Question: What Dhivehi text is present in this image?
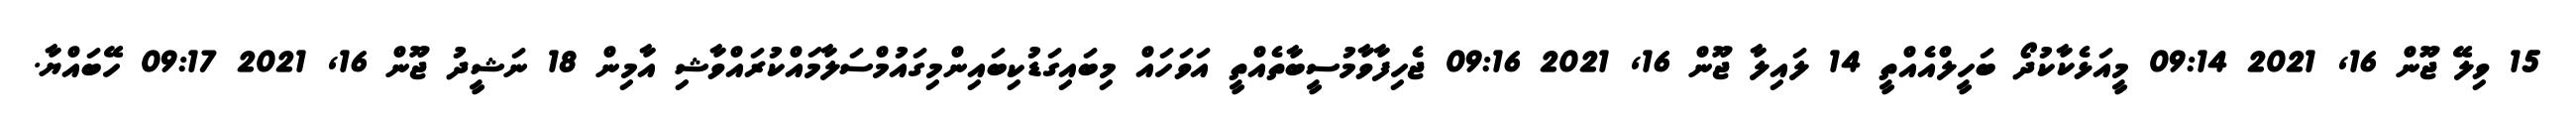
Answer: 15 ވިލޭ ޖޫން 16, 2021 09:14 މީއަޅެކާކުދޯ ބަހީލްއެއްތީ 14 ލައިލާ ޖޫން 16, 2021 09:16 ޖެހިފާވާމުސީބާތެއްތީ އަވަހައް މިބައިގަޑުކިބައިންމިގައުމްސަލާމައްކުރައްވާޝި އާމިން 18 ނަޝީދު ޖޫން 16, 2021 09:17 ހޭބައްޔާ.